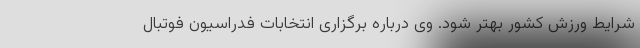
شرایط ورزش کشور بهتر شود. وی درباره برگزاری انتخابات فدراسیون فوتبال